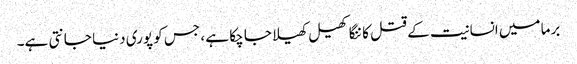
برما میں انسانیت کے قتل کا ننگا کھیل کھیلا جا چکا ہے ، جس کو پوری دنیا جانتی ہے۔